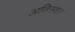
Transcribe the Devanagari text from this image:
अतिस्वार